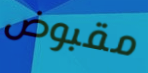
مقبوض